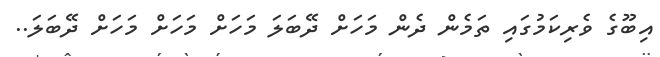
އިބޫގެ ވެރިކަމުގައި ތަމެން ދެން މަހަށް ދޭބަލަ މަހަށް މަހަށް މަހަށް ދޭބަލަ..